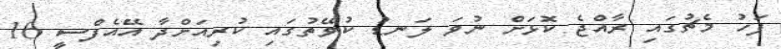
ފަހު މެޗުގައި ރާއްޖެ ކޮޅަށް ނުވަ ލަނޑު ކުވޭތުގައި ކުރިއަށްދާ އޭއެފްސީ 16